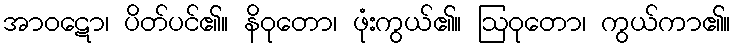
အာဝဋော၊ ပိတ်ပင်၏။ နိဝုတော၊ ဖုံးကွယ်၏။ ဩဝုတော၊ ကွယ်ကာ၏။